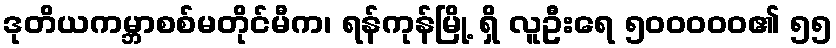
ဒုတိယကမ္ဘာစစ်မတိုင်မီက၊ ရန်ကုန်မြို့ ရှိ လူဦးရေ ၅၀၀၀၀၀၏ ၅၅